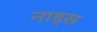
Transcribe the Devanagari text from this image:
नाड्स